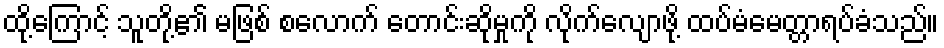
ထို့ကြောင့် သူတို့၏ မဖြစ် စလောက် တောင်းဆိုမှုကို လိုက်လျောဖို့ ထပ်မံမေတ္တာရပ်ခံသည်။